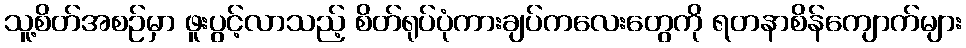
သူ့စိတ်အစဉ်မှာ ဖူးပွင့်လာသည့် စိတ်ရုပ်ပုံကားချပ်ကလေးတွေကို ရတနာစိန်ကျောက်များ